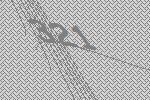
321